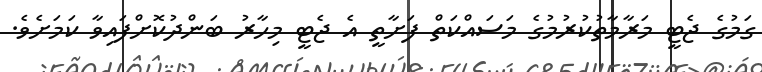
ގަމުގެ ޖެޓީ މަރާމާތުކުރުމުގެ މަސައްކަތް ފަށާތީ އެ ޖެޓީ މިހާރު ބަންދުކޮށްފައިވާ ކަމަށެވެ.